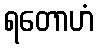
ရတောဟံ